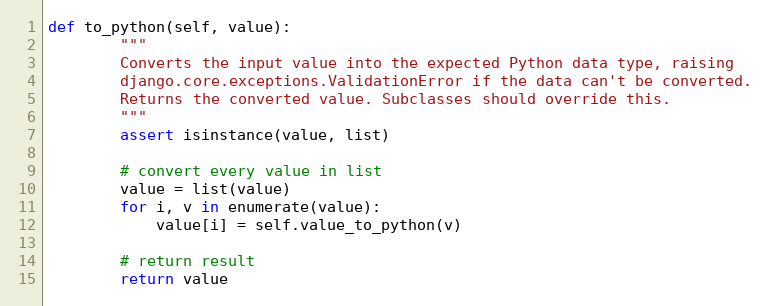
Language: Python
def to_python(self, value):
        """
        Converts the input value into the expected Python data type, raising
        django.core.exceptions.ValidationError if the data can't be converted.
        Returns the converted value. Subclasses should override this.
        """
        assert isinstance(value, list)

        # convert every value in list
        value = list(value)
        for i, v in enumerate(value):
            value[i] = self.value_to_python(v)

        # return result
        return value